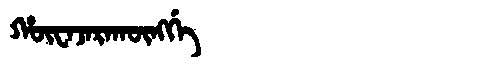
Manchu: ᡥᡡᠸᠠᠵᠠᡵᠠᡴᡡᠩᡤᡝ
Romanization: HŪWAJARAKŪNGGE